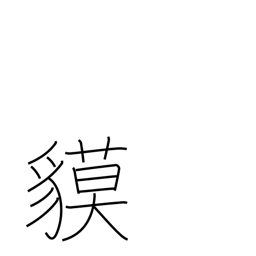
Meaning: tapir